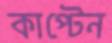
কাপ্টেন